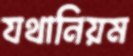
যথানিয়ম